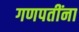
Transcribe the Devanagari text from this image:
गणपतींना